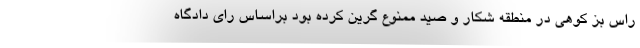
راس بز کوهی در منطقه شکار و صید ممنوع گرین کرده بود براساس رای دادگاه